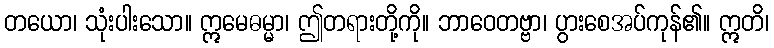
တယော၊ သုံးပါးသော။ ဣမေဓမ္မာ၊ ဤတရားတို့ကို။ ဘာဝေတဗ္ဗာ၊ ပွားစေအပ်ကုန်၏။ ဣတိ၊